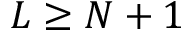
L \ge N + 1